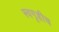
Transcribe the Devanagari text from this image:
स्वगृहीच